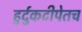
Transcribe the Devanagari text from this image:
हुर्दुकटीपेतच